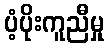
ပံ့ပိုးကူညီမှု